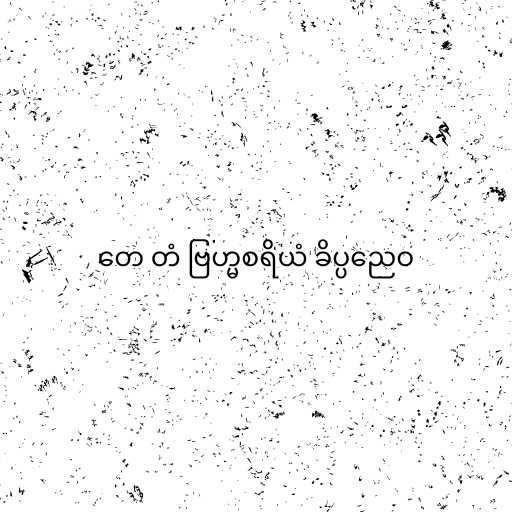
တေ တံ ဗြဟ္မစရိယံ ခိပ္ပညေဝ